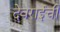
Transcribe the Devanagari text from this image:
देवराईची